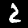
Digit: 2